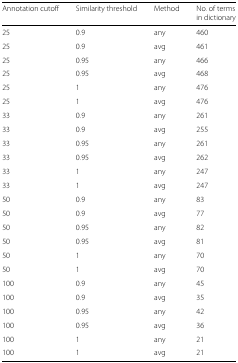
<table><thead><tr><td><b>Annotation cutoff</b></td><td><b>Similarity threshold</b></td><td><b>Method</b></td><td><b>No. of terms in dictionary</b></td></tr></thead><tbody><tr><td>25</td><td>0.9</td><td>any</td><td>460</td></tr><tr><td>25</td><td>0.9</td><td>avg</td><td>461</td></tr><tr><td>25</td><td>0.95</td><td>any</td><td>466</td></tr><tr><td>25</td><td>0.95</td><td>avg</td><td>468</td></tr><tr><td>25</td><td>1</td><td>any</td><td>476</td></tr><tr><td>25</td><td>1</td><td>avg</td><td>476</td></tr><tr><td>33</td><td>0.9</td><td>any</td><td>261</td></tr><tr><td>33</td><td>0.9</td><td>avg</td><td>255</td></tr><tr><td>33</td><td>0.95</td><td>any</td><td>261</td></tr><tr><td>33</td><td>0.95</td><td>avg</td><td>262</td></tr><tr><td>33</td><td>1</td><td>any</td><td>247</td></tr><tr><td>33</td><td>1</td><td>avg</td><td>247</td></tr><tr><td>50</td><td>0.9</td><td>any</td><td>83</td></tr><tr><td>50</td><td>0.9</td><td>avg</td><td>77</td></tr><tr><td>50</td><td>0.95</td><td>any</td><td>82</td></tr><tr><td>50</td><td>0.95</td><td>avg</td><td>81</td></tr><tr><td>50</td><td>1</td><td>any</td><td>70</td></tr><tr><td>50</td><td>1</td><td>avg</td><td>70</td></tr><tr><td>100</td><td>0.9</td><td>any</td><td>45</td></tr><tr><td>100</td><td>0.9</td><td>avg</td><td>35</td></tr><tr><td>100</td><td>0.95</td><td>any</td><td>42</td></tr><tr><td>100</td><td>0.95</td><td>avg</td><td>36</td></tr><tr><td>100</td><td>1</td><td>any</td><td>21</td></tr><tr><td>100</td><td>1</td><td>avg</td><td>21</td></tr></tbody></table>